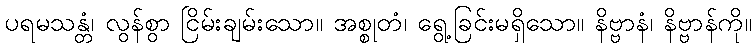
ပရမသန္တံ၊ လွန်စွာ ငြိမ်းချမ်းသော။ အစ္စုတံ၊ ရွေ့ခြင်းမရှိသော။ နိဗ္ဗာနံ၊ နိဗ္ဗာန်ကို။